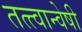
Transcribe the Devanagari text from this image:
तत्त्वान्वेषी